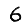
Digit: 6